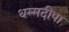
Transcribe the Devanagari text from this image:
धम्मदीपा